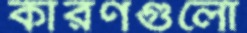
কারণগুলো